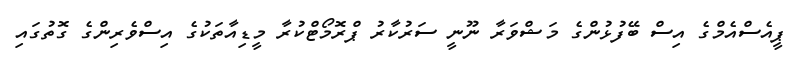
ޕީއެސްއެމްގެ އިސް ބޭފުޅުންގެ މަޝްވަރާ ނޫނީ ސަރުކާރު ޕްރޮމޯޓްކުރާ މީޑިއާތަކުގެ އިސްވެރިންގެ ގޮތުގައި